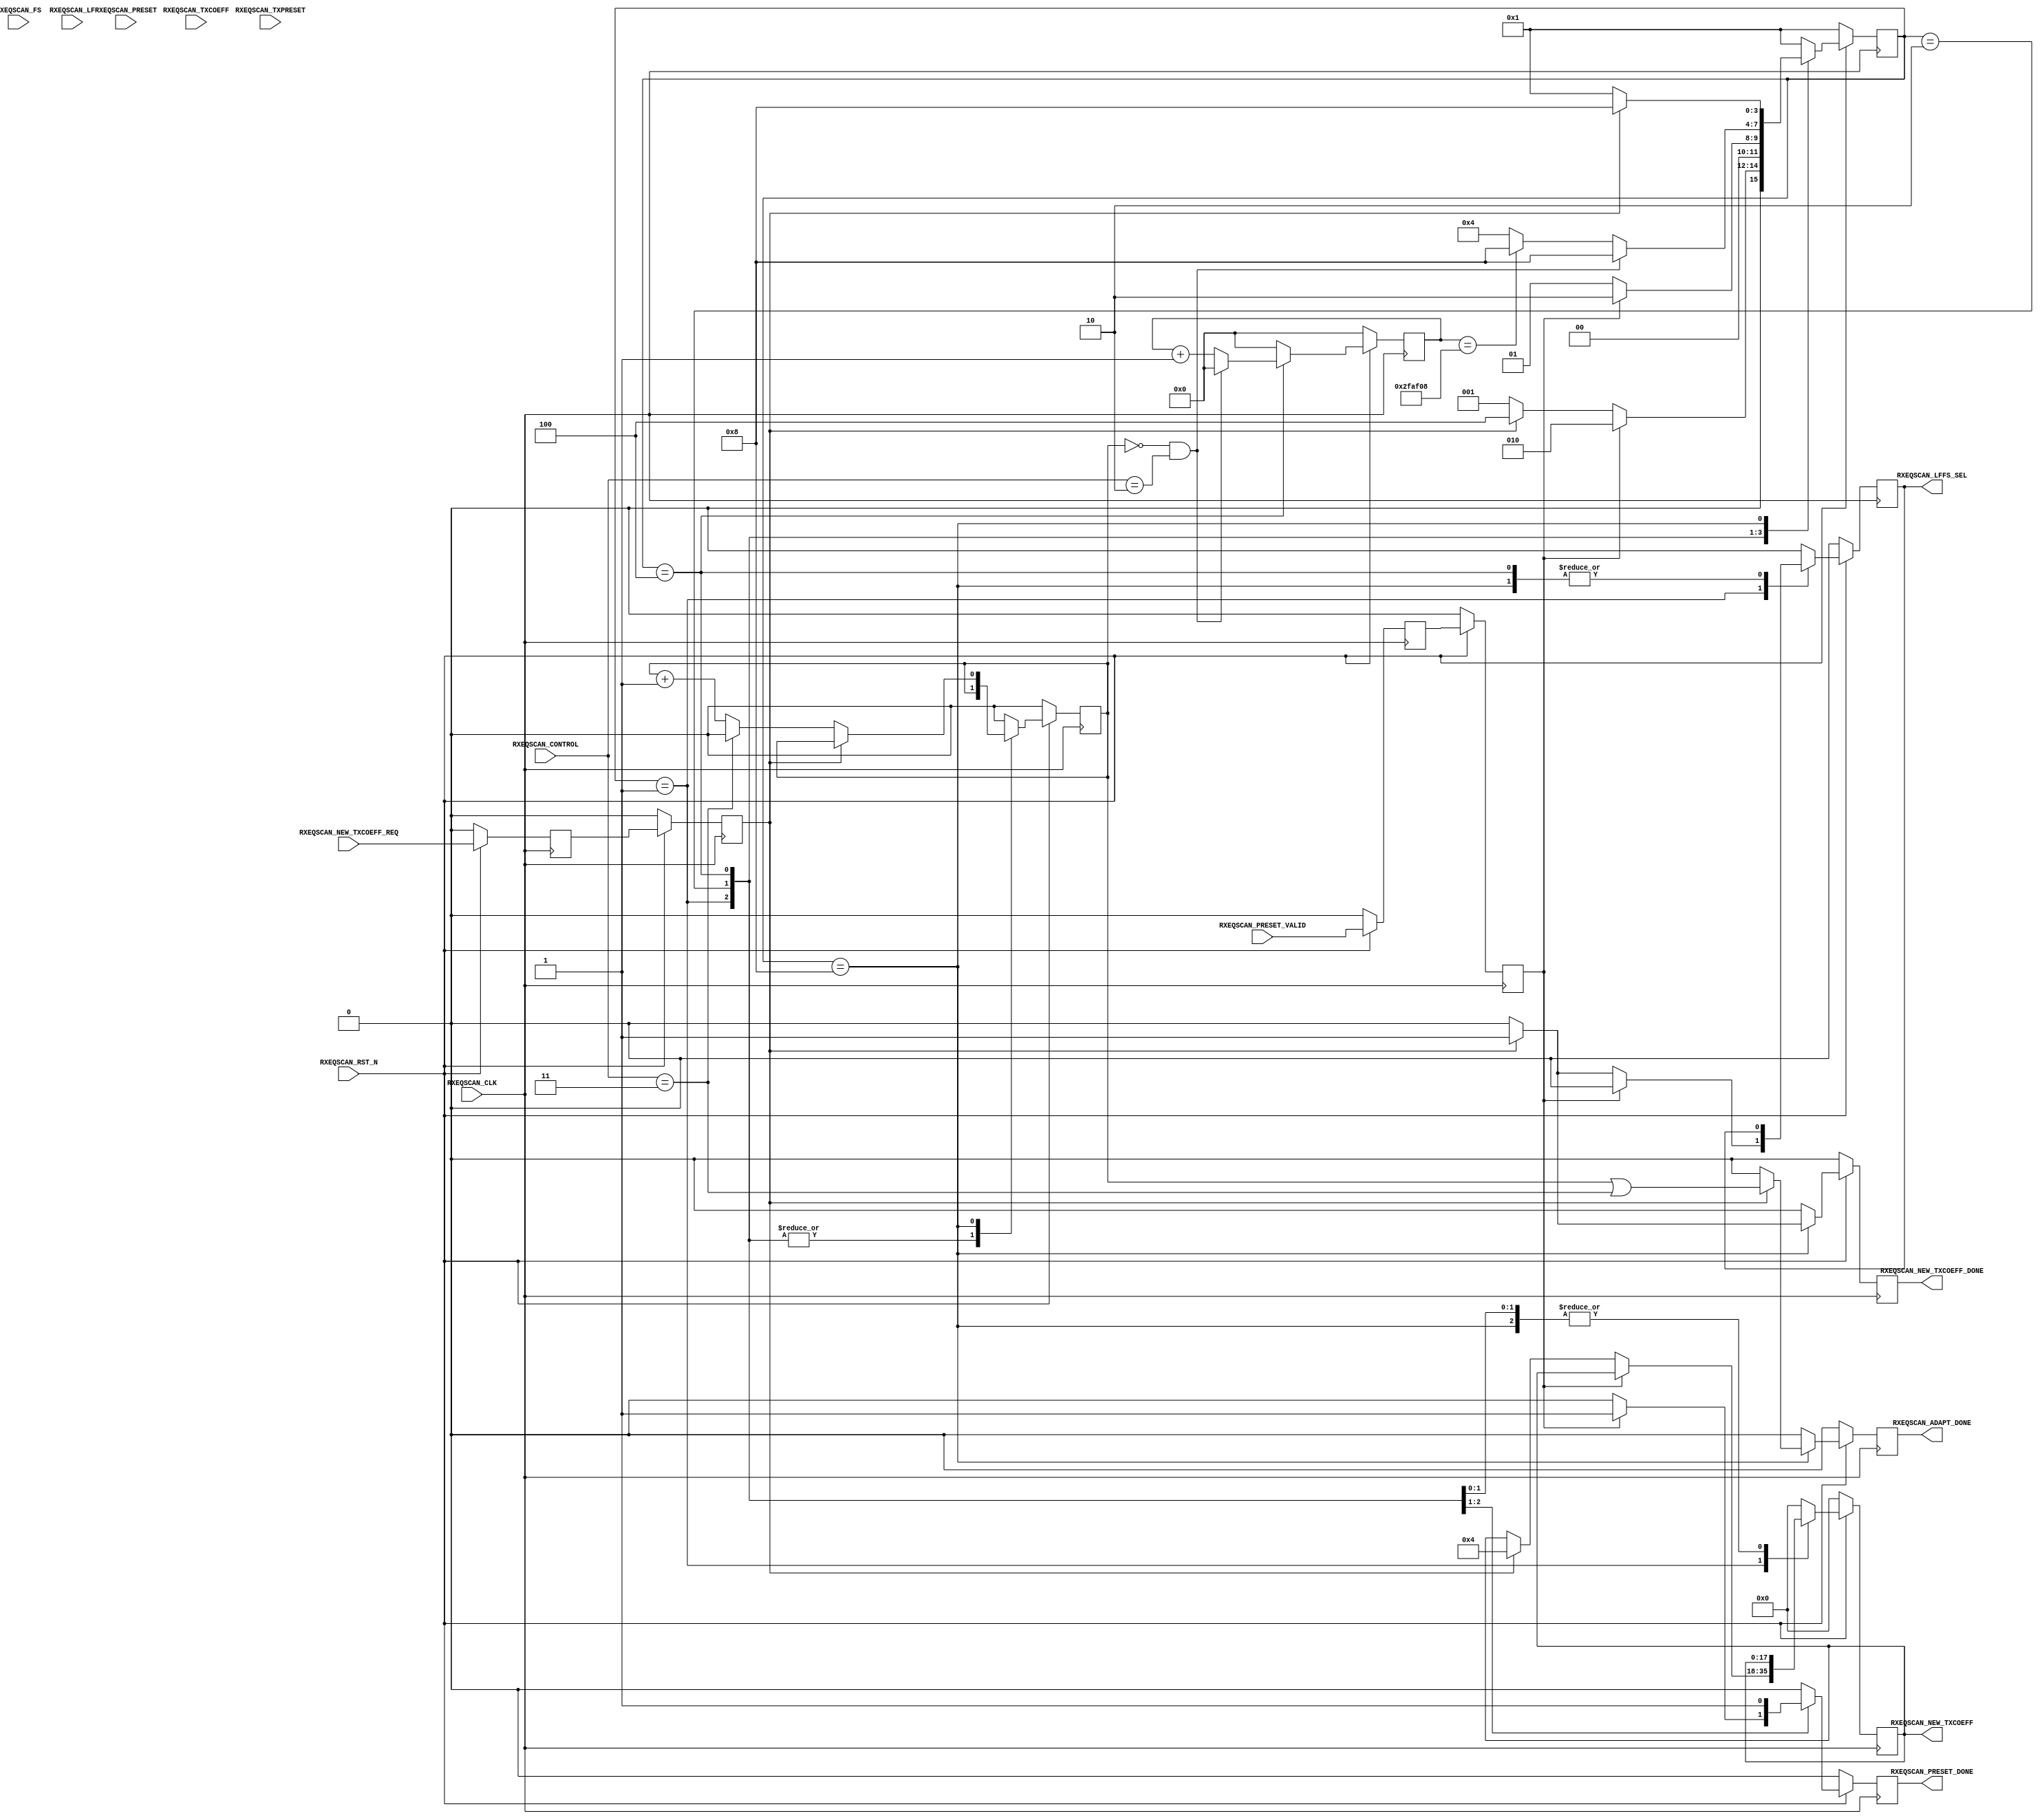
//-----------------------------------------------------------------------------
//
// (c) Copyright 2010-2011 Xilinx, Inc. All rights reserved.
//
// This file contains confidential and proprietary information
// of Xilinx, Inc. and is protected under U.S. and
// international copyright and other intellectual property
// laws.
//
// DISCLAIMER
// This disclaimer is not a license and does not grant any
// rights to the materials distributed herewith. Except as
// otherwise provided in a valid license issued to you by
// Xilinx, and to the maximum extent permitted by applicable
// law: (1) THESE MATERIALS ARE MADE AVAILABLE "AS IS" AND
// WITH ALL FAULTS, AND XILINX HEREBY DISCLAIMS ALL WARRANTIES
// AND CONDITIONS, EXPRESS, IMPLIED, OR STATUTORY, INCLUDING
// BUT NOT LIMITED TO WARRANTIES OF MERCHANTABILITY, NON-
// INFRINGEMENT, OR FITNESS FOR ANY PARTICULAR PURPOSE; and
// (2) Xilinx shall not be liable (whether in contract or tort,
// including negligence, or under any other theory of
// liability) for any loss or damage of any kind or nature
// related to, arising under or in connection with these
// materials, including for any direct, or any indirect,
// special, incidental, or consequential loss or damage
// (including loss of data, profits, goodwill, or any type of
// loss or damage suffered as a result of any action brought
// by a third party) even if such damage or loss was
// reasonably foreseeable or Xilinx had been advised of the
// possibility of the same.
//
// CRITICAL APPLICATIONS
// Xilinx products are not designed or intended to be fail-
// safe, or for use in any application requiring fail-safe
// performance, such as life-support or safety devices or
// systems, Class III medical devices, nuclear facilities,
// applications related to the deployment of airbags, or any
// other applications that could lead to death, personal
// injury, or severe property or environmental damage
// (individually and collectively, "Critical
// Applications"). Customer assumes the sole risk and
// liability of any use of Xilinx products in Critical
// Applications, subject only to applicable laws and
// regulations governing limitations on product liability.
//
// THIS COPYRIGHT NOTICE AND DISCLAIMER MUST BE RETAINED AS
// PART OF THIS FILE AT ALL TIMES.
//
//-----------------------------------------------------------------------------
// Project    : Series-7 Integrated Block for PCI Express
// Version    : 1.7
//------------------------------------------------------------------------------
//  Description  :  PIPE RX Equalization Eye Scan Module for 7 Series Transceiver
//  Version      :  18.0
//------------------------------------------------------------------------------


`timescale 1ns / 1ps



//---------- RXEQ Eye Scan Module ----------------------------------------------
module v7_pcie_v1_7_rxeq_scan #
(

    parameter PCIE_SIM_MODE       = "FALSE",                // PCIe sim mode 
    parameter PCIE_RXEQ_MODE_GEN3 = 1,                      // PCIe RX equalization mode
    parameter CONVERGE_MAX        = 22'd3125000             // Convergence max count 
)

(

    //---------- Input -------------------------------------
    input               RXEQSCAN_CLK,                      
    input               RXEQSCAN_RST_N,
       
    input       [ 1:0]  RXEQSCAN_CONTROL,   
    input       [ 2:0]  RXEQSCAN_PRESET,
    input               RXEQSCAN_PRESET_VALID,
    input       [ 3:0]  RXEQSCAN_TXPRESET,
    input       [17:0]  RXEQSCAN_TXCOEFF,
    input               RXEQSCAN_NEW_TXCOEFF_REQ,
    input       [ 5:0]  RXEQSCAN_FS,
    input       [ 5:0]  RXEQSCAN_LF,
     
    
    //---------- Output ------------------------------------
    output              RXEQSCAN_PRESET_DONE,
    output      [17:0]  RXEQSCAN_NEW_TXCOEFF,
    output              RXEQSCAN_NEW_TXCOEFF_DONE,
    output              RXEQSCAN_LFFS_SEL,
    output              RXEQSCAN_ADAPT_DONE

);

    //---------- Input Register ----------------------------
    reg         [ 2:0]  preset_reg1;
    reg                 preset_valid_reg1;
    reg         [ 3:0]  txpreset_reg1;
    reg         [17:0]  txcoeff_reg1;
    reg                 new_txcoeff_req_reg1;
    reg         [ 5:0]  fs_reg1;
    reg         [ 5:0]  lf_reg1;
    
    reg         [ 2:0]  preset_reg2;
    reg                 preset_valid_reg2;
    reg         [ 3:0]  txpreset_reg2;
    reg         [17:0]  txcoeff_reg2;
    reg                 new_txcoeff_req_reg2;
    reg         [ 5:0]  fs_reg2;
    reg         [ 5:0]  lf_reg2;

    //---------- Internal Signals --------------------------
    reg                 adapt_done_cnt = 1'd0;

    //---------- Output Register ---------------------------          
    reg                 preset_done      =  1'd0;
    reg         [21:0]  converge_cnt     = 22'd0;
    reg         [17:0]  new_txcoeff      = 18'd0;
    reg                 new_txcoeff_done =  1'd0;
    reg                 lffs_sel         =  1'd0;
    reg                 adapt_done       =  1'd0;
    reg         [ 3:0]  fsm              =  4'd0;

    //---------- FSM ---------------------------------------                                         
    localparam          FSM_IDLE            = 4'b0001;
    localparam          FSM_PRESET          = 4'b0010;
    localparam          FSM_CONVERGE        = 4'b0100;
    localparam          FSM_NEW_TXCOEFF_REQ = 4'b1000; 
    
    //---------- Simulation Speedup ------------------------
    //  Gen3:  32 bits / PCLK : 1 million bits / X PCLK
    //         X = 
    //------------------------------------------------------
    localparam converge_max_cnt = (PCIE_SIM_MODE == "TRUE") ? 22'd1000 : CONVERGE_MAX;   
    
    

//---------- Input FF ----------------------------------------------------------
always @ (posedge RXEQSCAN_CLK)
begin

    if (!RXEQSCAN_RST_N)
        begin   
        //---------- 1st Stage FF --------------------------  
        preset_reg1          <=  3'd0;
        preset_valid_reg1    <=  1'd0;
        txpreset_reg1        <=  4'd0;
        txcoeff_reg1         <= 18'd0;
        new_txcoeff_req_reg1 <=  1'd0;
        fs_reg1              <=  6'd0;
        lf_reg1              <=  6'd0;
        //---------- 2nd Stage FF --------------------------
        preset_reg2          <=  3'd0;
        preset_valid_reg2    <=  1'd0;
        txpreset_reg2        <=  4'd0;
        txcoeff_reg2         <= 18'd0;
        new_txcoeff_req_reg2 <=  1'd0;
        fs_reg2              <=  6'd0;
        lf_reg2              <=  6'd0;
        end
    else
        begin  
        //---------- 1st Stage FF --------------------------  
        preset_reg1          <= RXEQSCAN_PRESET;
        preset_valid_reg1    <= RXEQSCAN_PRESET_VALID;
        txpreset_reg1        <= RXEQSCAN_TXPRESET;
        txcoeff_reg1         <= RXEQSCAN_TXCOEFF;
        new_txcoeff_req_reg1 <= RXEQSCAN_NEW_TXCOEFF_REQ;
        fs_reg1              <= RXEQSCAN_FS;
        lf_reg1              <= RXEQSCAN_LF;
        //---------- 2nd Stage FF -------------------------- 
        preset_reg2          <= preset_reg1;
        preset_valid_reg2    <= preset_valid_reg1;
        txpreset_reg2        <= txpreset_reg1;
        txcoeff_reg2         <= txcoeff_reg1;
        new_txcoeff_req_reg2 <= new_txcoeff_req_reg1;
        fs_reg2              <= fs_reg1;
        lf_reg2              <= lf_reg1;
        end
        
end     



//---------- Eye Scan ----------------------------------------------------------
always @ (posedge RXEQSCAN_CLK)
begin

    if (!RXEQSCAN_RST_N)
        begin
        fsm              <=  FSM_IDLE;
        preset_done      <=  1'd0;
        converge_cnt     <= 22'd0;
        new_txcoeff      <= 18'd0;
        new_txcoeff_done <=  1'd0;
        lffs_sel         <=  1'd0;
        adapt_done       <=  1'd0;
        adapt_done_cnt   <=  1'd0;
        end                   
    else
    
        begin
    
        case (fsm)
        
        //---------- Idle State ----------------------------
        FSM_IDLE : 
            
            begin   
             
            //---------- Process RXEQ Preset ---------------
            if (preset_valid_reg2)
                begin
                fsm              <=  FSM_PRESET;
                preset_done      <=  1'd1;
                converge_cnt     <= 22'd0;
                new_txcoeff      <=  new_txcoeff;
                new_txcoeff_done <=  1'd0;
                lffs_sel         <=  1'd0;
                adapt_done       <=  1'd0;
                adapt_done_cnt   <=  adapt_done_cnt;
                end            
            //---------- Request New TX Coefficient --------
            else if (new_txcoeff_req_reg2)
                begin
                fsm              <=  FSM_CONVERGE;
                preset_done      <=  1'd0;
                converge_cnt     <= 22'd0;
                new_txcoeff      <= (PCIE_RXEQ_MODE_GEN3 == 0) ? txcoeff_reg2 : 18'd4;
                new_txcoeff_done <=  1'd0;
                lffs_sel         <= (PCIE_RXEQ_MODE_GEN3 == 0) ? 1'd0 : 1'd1;
                adapt_done       <=  1'd0; 
                adapt_done_cnt   <=  adapt_done_cnt;
                end  
            //---------- Default ---------------------------
            else
                begin
                fsm              <=  FSM_IDLE;
                preset_done      <=  1'd0;
                converge_cnt     <= 22'd0;
                new_txcoeff      <=  new_txcoeff;
                new_txcoeff_done <=  1'd0;
                lffs_sel         <=  1'd0;
                adapt_done       <=  1'd0;
                adapt_done_cnt   <=  adapt_done_cnt;
                end
                
            end
            
        //---------- Process RXEQ Preset -------------------
        FSM_PRESET :

            begin
            fsm              <= (!preset_valid_reg2) ? FSM_IDLE : FSM_PRESET;
            preset_done      <=  1'd1;
            converge_cnt     <= 22'd0;
            new_txcoeff      <=  new_txcoeff;
            new_txcoeff_done <=  1'd0;
            lffs_sel         <=  1'd0;
            adapt_done       <=  1'd0;
            adapt_done_cnt   <=  adapt_done_cnt;
            end
            
        //---------- Wait for Convergence ------------------    
        FSM_CONVERGE :
           
            begin
            if ((adapt_done_cnt == 1'd0) && (RXEQSCAN_CONTROL == 2'd2))
                begin
                fsm              <= FSM_NEW_TXCOEFF_REQ;
                preset_done      <=  1'd0;
                converge_cnt     <= 22'd0;
                new_txcoeff      <= new_txcoeff;
                new_txcoeff_done <= 1'd0;
                lffs_sel         <= lffs_sel;
                adapt_done       <= 1'd0;
                adapt_done_cnt   <= adapt_done_cnt;
                end
            else
                begin
                fsm              <= (converge_cnt == converge_max_cnt) ? FSM_NEW_TXCOEFF_REQ : FSM_CONVERGE;
                preset_done      <= 1'd0;
                converge_cnt     <= converge_cnt + 1'd1;
                new_txcoeff      <= new_txcoeff;
                new_txcoeff_done <= 1'd0;
                lffs_sel         <= lffs_sel;
                adapt_done       <= 1'd0;
                adapt_done_cnt   <= adapt_done_cnt;
                end
            end
            
        //---------- Request New TX Coefficient ------------
        FSM_NEW_TXCOEFF_REQ :

            begin 
            if (!new_txcoeff_req_reg2)
                begin
                fsm              <= FSM_IDLE;
                preset_done      <=  1'd0;
                converge_cnt     <= 22'd0;
                new_txcoeff      <= new_txcoeff;
                new_txcoeff_done <= 1'd0;
                lffs_sel         <= lffs_sel;
                adapt_done       <= 1'd0;
                adapt_done_cnt   <= (RXEQSCAN_CONTROL == 2'd3) ? 1'd0 : adapt_done_cnt + 1'd1;
                end
            else
                begin
                fsm              <= FSM_NEW_TXCOEFF_REQ;
                preset_done      <=  1'd0;
                converge_cnt     <= 22'd0;
                new_txcoeff      <= new_txcoeff;
                new_txcoeff_done <= 1'd1;
                lffs_sel         <= lffs_sel;
                adapt_done       <= (adapt_done_cnt == 1'd1) || (RXEQSCAN_CONTROL == 2'd3);
                adapt_done_cnt   <= adapt_done_cnt;
                end
            end
            
        //---------- Default State -------------------------
        default :
        
            begin
            fsm              <=  FSM_IDLE;
            preset_done      <=  1'd0;
            converge_cnt     <= 22'd0;
            new_txcoeff      <= 18'd0;
            new_txcoeff_done <=  1'd0;
            lffs_sel         <=  1'd0;
            adapt_done       <=  1'd0;
            adapt_done_cnt   <=  1'd0;
            end    

        endcase
        
        end
        
end



//---------- RXEQ Eye Scan Output ----------------------------------------------
assign RXEQSCAN_PRESET_DONE      = preset_done;     
assign RXEQSCAN_NEW_TXCOEFF      = new_txcoeff;
assign RXEQSCAN_NEW_TXCOEFF_DONE = new_txcoeff_done; 
assign RXEQSCAN_LFFS_SEL         = lffs_sel;  
assign RXEQSCAN_ADAPT_DONE       = adapt_done;



endmodule